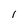
Character: 1